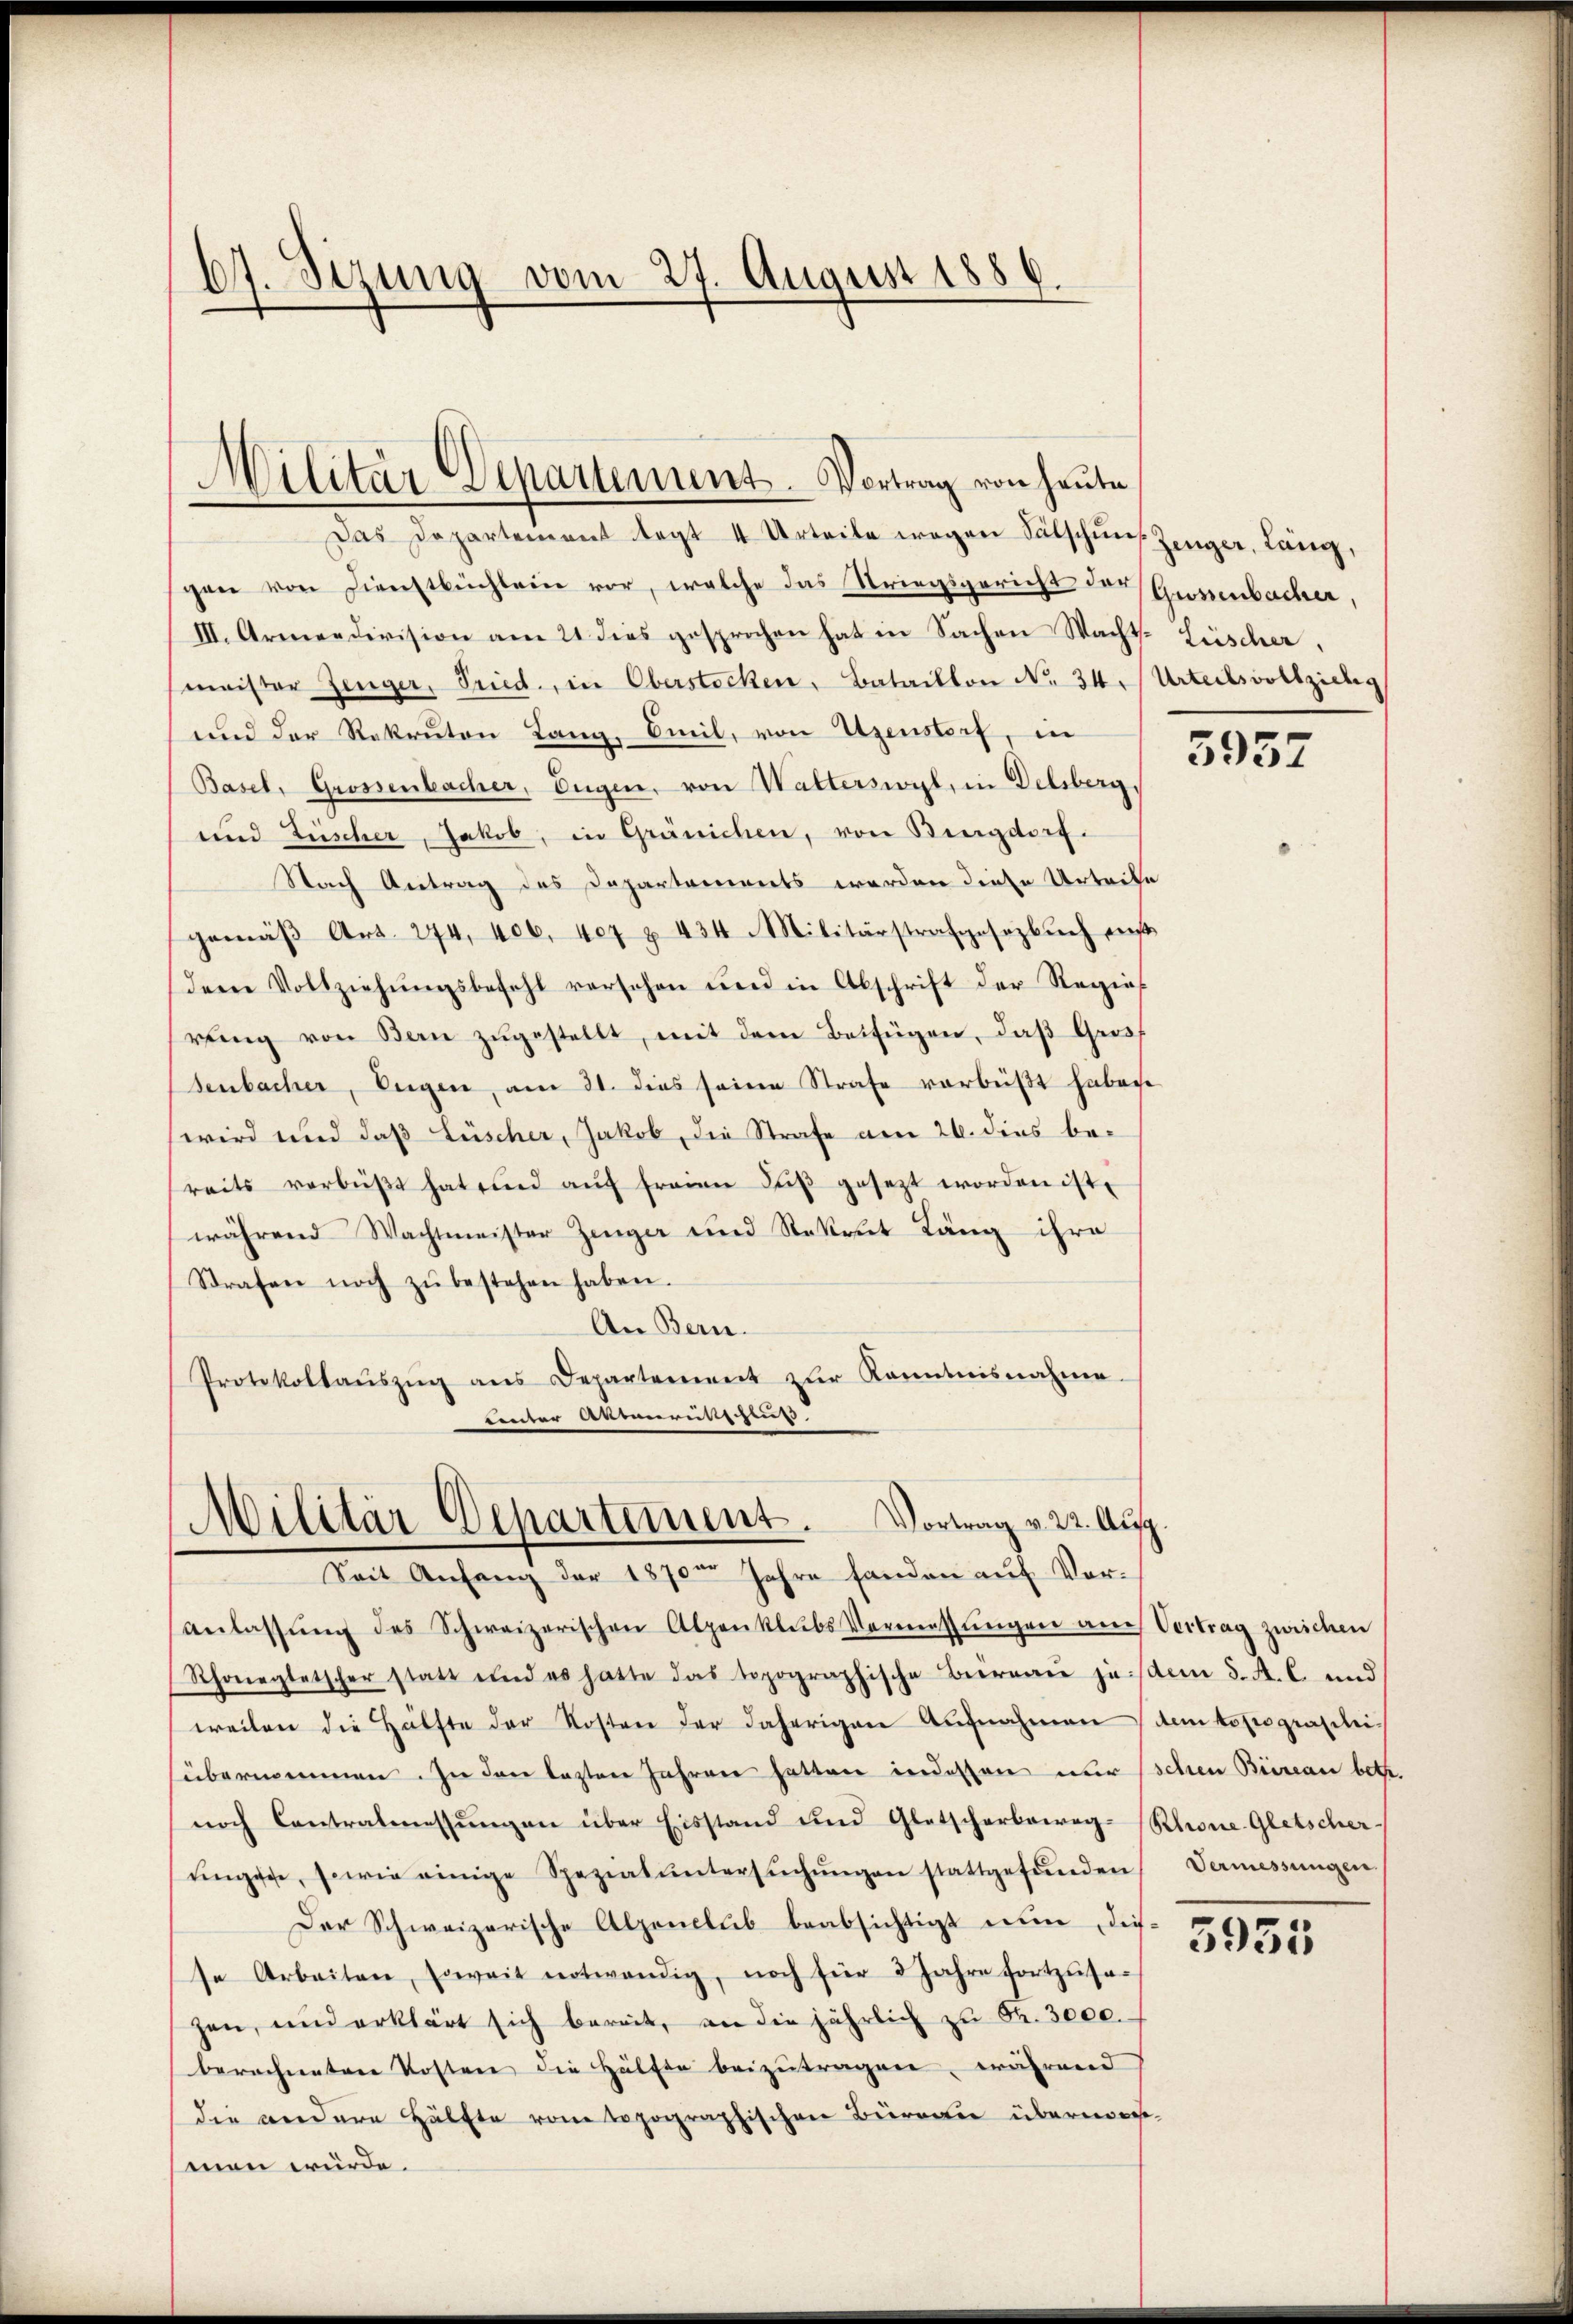
67. Sezung vom 27. August 1886.

Militär Departement. Vortrag von heute
Das Departeinant legt 4 Urteile wegen Fälschen Zeuger, Lang,

gane von Dienstbüchlein vor, welche das Striegsgericht der Grossenbacher,
III. Armeedivision am 21. dies gesprochen hat in Sachen Wacht. Lüscher.
meister Zeuger, Pried, in Oberstocken, Bataillon No. 34. Urteilsvollziehig
und der Rekruten Lang, Emil, von Uzenstorf, in
Basel, Grossenbacher, Eugen, von Watterswyl, in Delsberg,
und Züscher, Jakob, in Gränichen, von Bingdorf.
Nach Antrag des Departements werden diese Urteife
gemäβ Art. 274. 406. 407 u. 434 Militärstrafgesetzbuch m
dem Vollziehŭngsbefehl versehen und in Abschrift der Regie
rŭng von Bern zŭgestellt, mit dem Beifügen, daß Gross
senbacher, Eugen, am 31. dies seine Strafe vorbeißt habene
wird und daß Lüscher, Jakob, die Strafe am 26. dies bereits verbüβt hat sind aŭf freien daβ gesezt worden ist.
während Wachtmeister Zeuger und Rekrut Läng ihre
Strafen noch zŭ bestehen haben.
An Bern.
Protokollaŭszŭg ans Departement zur Kenntnisnahme
Lenter Aktenrüttschens

Vortrag v. 22. Aug.
Militär Departement.
Seit Anfang der 1870 Jahre fanden auf Vor¬

anlassŭng des Schweizerischen Alpenklubs Vermessŭngen auch Vertrag zurichen
Rhonegletscher statt und es hatte das topographische Büreaŭ jedem 5. A. C. und
weilen die Hälfte der Kosten der daherigen Aufnahmen dem topograscheiübernommen. In den lezten Jahren hatten indessen nur schen Büreau betr.
noch Contralmessŭngen über Eisstand und Glatscherbeweg-Rhone-Gletscher-
eingere, sowie einige Speziat ŭntersŭchŭngen stattgefŭnden Vermessungen
Der Schweizerische Alpenclub beabsichtigt nun, diesse Arbeiten, soweit notwendig, noch für 8 Jahre fortzusa
zen, und erklärt sich bereit, an die jährlich zu Fr. 3000.
berechneten Kosten die Hälfte beizutragen, während
die andere Hälfte vom topographischen Büreau übernom-
sman würde.

5957

3955